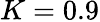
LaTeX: K=0.9